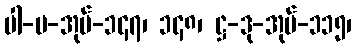
ပါ-ပ-အုပ်-၁၄၇၊ ၁၄၈၊ ဋ္ဌ-ဒု-အုပ်-၁၁၅၊